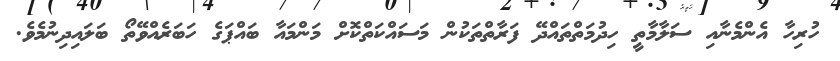
ހުރިހާ އެންމެނާއި ސަލާމާތީ ހިދުމަތްތައްދޭ ފަރާތްތަކުން މަސައްކަތްކޮށް މަންމައާ ބައްޕަގެ ހަބަރެއްވޭތޯ ބަލައިދިނުމެވެ.